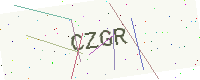
Text: CZGR